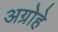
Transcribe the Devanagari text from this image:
अग्रोहे